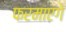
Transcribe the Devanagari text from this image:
फरमाएंगे